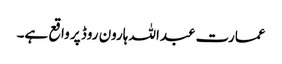
عمارت عبداللہ ہارون روڈ پر واقع ہے۔